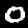
Digit: 0